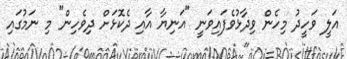
އަލީ ވަހީދު މިހެން ވިދާޅުވެފައިވަނީ "އަނިޔާ އާއި ދެކޮޅަށް ދިވެހިން" މި ނަމުގައި